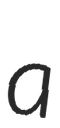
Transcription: a